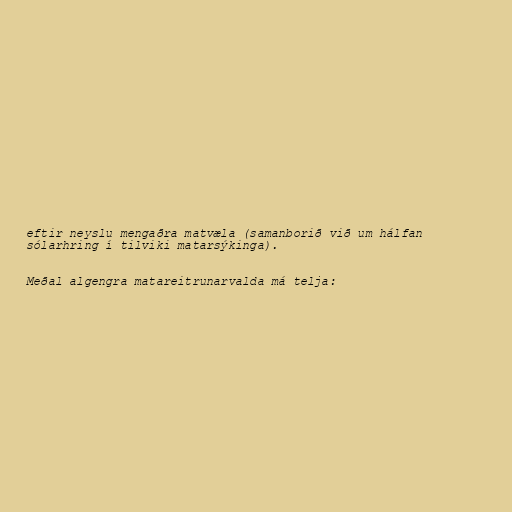
eftir neyslu mengaðra matvæla (samanborið við um hálfan
sólarhring í tilviki matarsýkinga).

Meðal algengra matareitrunarvalda má telja: